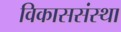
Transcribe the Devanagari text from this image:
विकाससंस्था